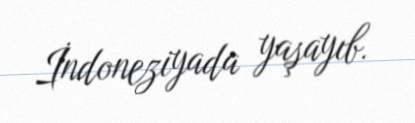
İndoneziyada yaşayıb.